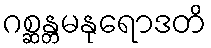
ဂစ္ဆန္တမနုရောဒတိ